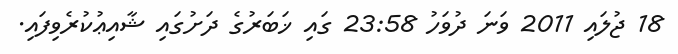
18 ޖުލައި 2011 ވަނަ ދުވަހު 23:58 ގައި ޚަބަރުގެ ދަށުގައި ޝާއިޢުކުރެވިފައި.